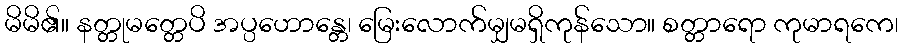
မိမိ၏။ နတ္တုမတ္တေပိ အပ္ပဟောန္တေ၊ မြေးလောက်မျှမရှိကုန်သော။ စတ္တာရော ကုမာရကေ၊